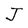
Character: J